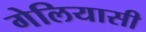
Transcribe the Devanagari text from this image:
गेलियासी